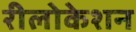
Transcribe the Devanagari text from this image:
रीलोकेशन